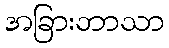
အခြားဘာသာ